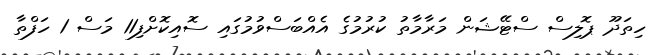
ހިތަދޫ ޕޮލިސް ސްޓޭޝަން މަރާމާތު ކުރުމުގެ އެއްބަސްވުމުގައި ސޮއިކޮށްފި11 މަސް 1 ހަފްތާ